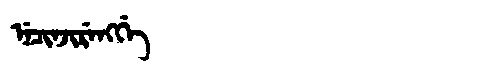
Manchu: ᠨᡝᠴᡳᠨᠵᡳᡵᡝᠩᡤᡝ
Romanization: NECINJIRENGGE